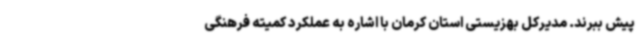
پیش ببرند. مدیرکل بهزیستی استان کرمان با اشاره به عملکرد کمیته فرهنگی